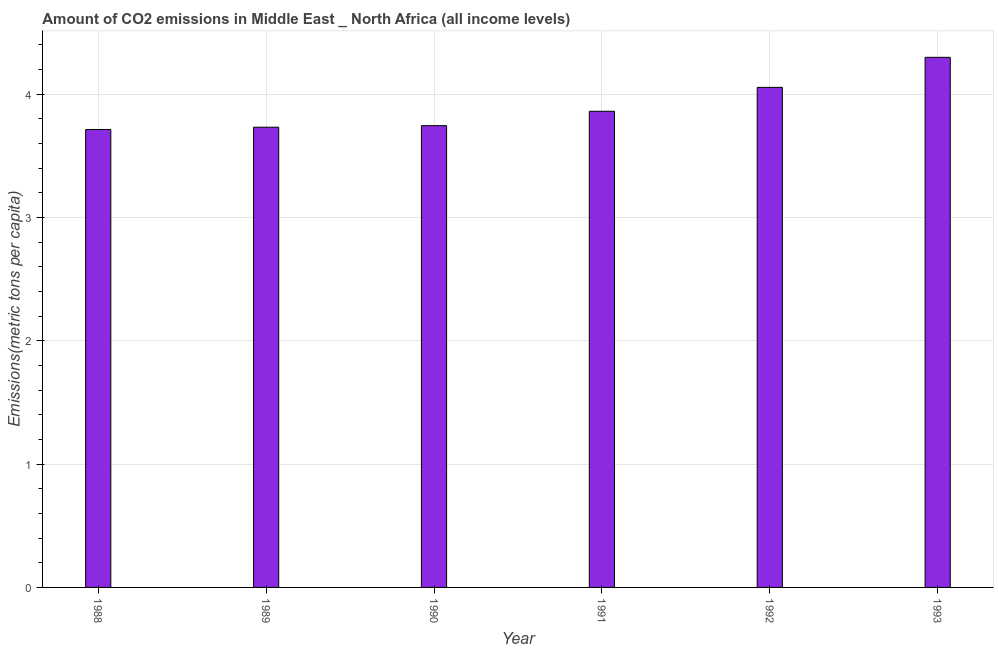
| Year | CO2 emissions |
 | --- | --- |
 | 1988 | 3.71 |
 | 1989 | 3.73 |
 | 1990 | 3.74 |
 | 1991 | 3.86 |
 | 1992 | 4.05 |
 | 1993 | 4.3 |